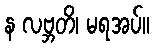
န လဗ္ဘတိ၊ မရအပ်။